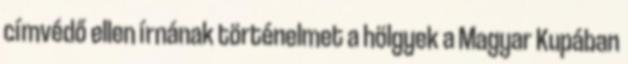
címvédő ellen írnának történelmet a hölgyek a Magyar Kupában